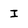
Character: I